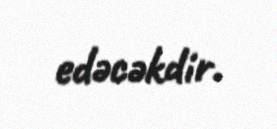
edəcəkdir.